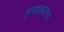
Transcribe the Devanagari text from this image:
नृत्यप्रकाराचा